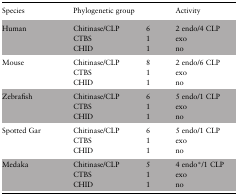
| Species | Phylogenetic group |  | Activity |
 | --- | --- | --- | --- |
 | Human | Chitinase/CLPCTBSCHID | 611 | 2 endo/4 CLPexono |
 | Mouse | Chitinase/CLPCTBSCHID | 811 | 2 endo/6 CLPexono |
 | Zebrafish | Chitinase/CLPCTBSCHID | 611 | 5 endo/1 CLPexono |
 | Spotted Gar | Chitinase/CLPCTBSCHID | 611 | 5 endo/1 CLPexono |
 | Medaka | Chitinase/CLPCTBSCHID | 511 | 4 endo*/1 CLPexono |